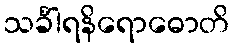
သင်္ခါရနိရောဓောတိ